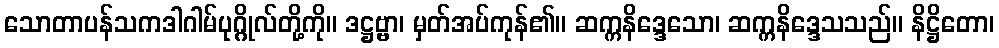
သောတာပန်သကဒါဂါမ်ပုဂ္ဂိုလ်တို့ကို။ ဒဋ္ဌဗ္ဗာ၊ မှတ်အပ်ကုန်၏။ ဆက္ကနိဒ္ဒေသော၊ ဆက္ကနိဒ္ဒေသသည်။ နိဋ္ဌိတော၊